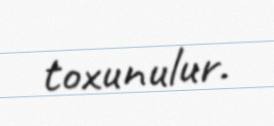
toxunulur.